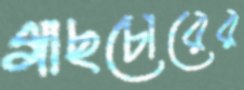
গাছচোরের